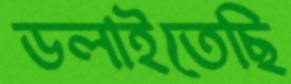
ডলাইতেছি